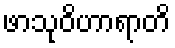
ဖာသုဝိဟာရာတိ